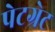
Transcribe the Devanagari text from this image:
पेटग्रेट